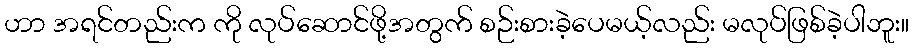
ဟာ အရင်တည်းက ကို လုပ်ဆောင်ဖို့အတွက် စဉ်းစားခဲ့ပေမယ့်လည်း မလုပ်ဖြစ်ခဲ့ပါဘူး။